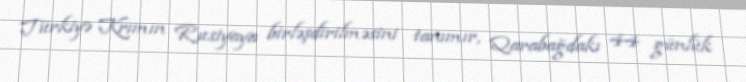
Türkiyə Krımın Rusiyaya birləşdirilməsini tanımır, Qarabağdakı 44 günlük